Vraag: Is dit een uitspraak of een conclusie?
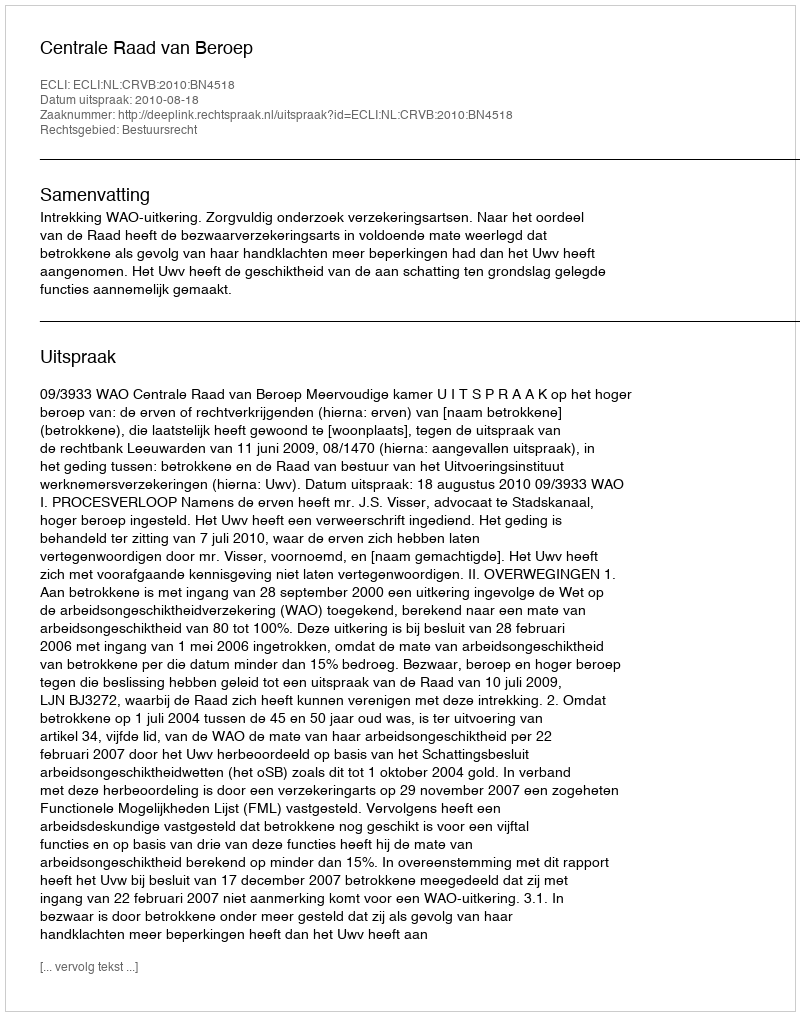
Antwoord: Uitspraak